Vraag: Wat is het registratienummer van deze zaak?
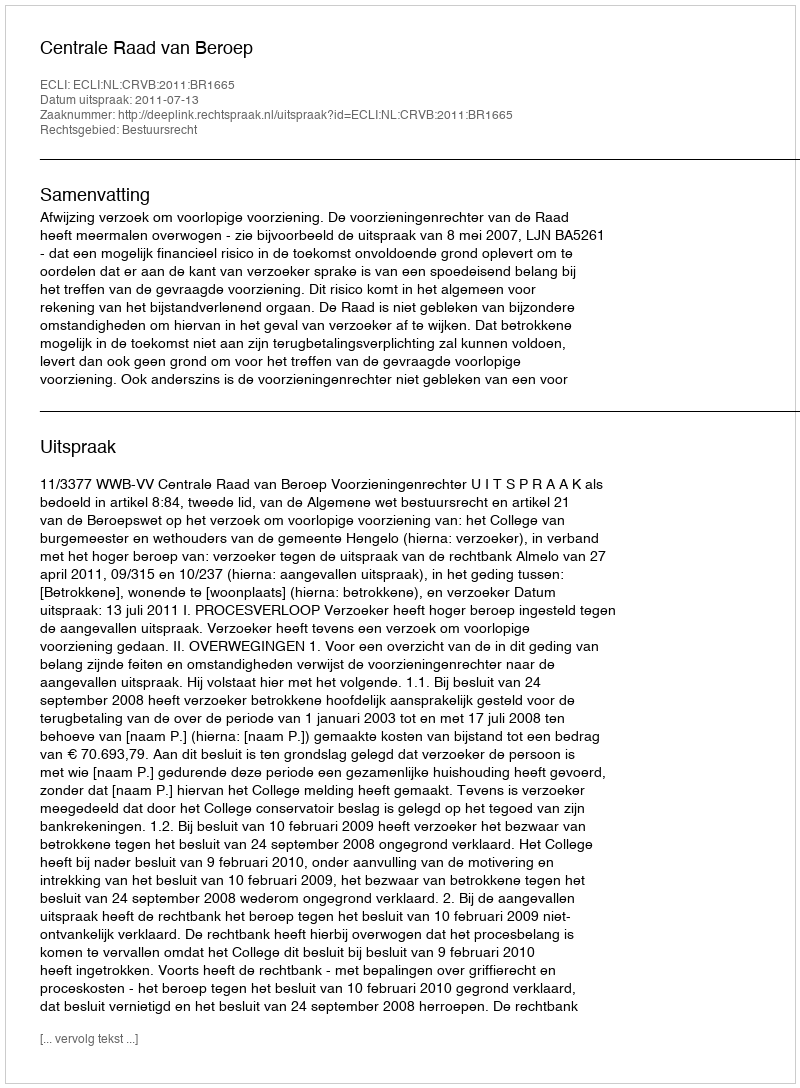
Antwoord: http://deeplink.rechtspraak.nl/uitspraak?id=ECLI:NL:CRVB:2011:BR1665